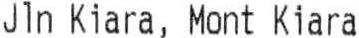
JLN KIARA, MONT KIARA